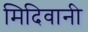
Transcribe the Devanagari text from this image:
मिदिवानी